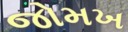
જોમખ